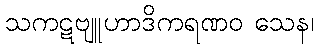
သကဋဗျူဟာဒိကရဏဝ သေန၊